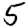
Digit: 5